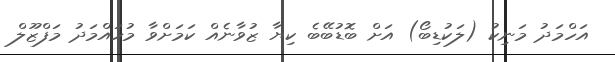
އަހްމަދު މަނިކު (ލަކުޑިބޯ) އަށް ބޮޑުބޭބެ ކިޔާ ޒުވާނެއް ކަމަށްވާ މުހައްމަދު މަފްޒޫލް